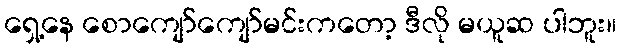
ရှေ့နေ စောကျော်ကျော်မင်းကတော့ ဒီလို မယူဆ ပါဘူး။